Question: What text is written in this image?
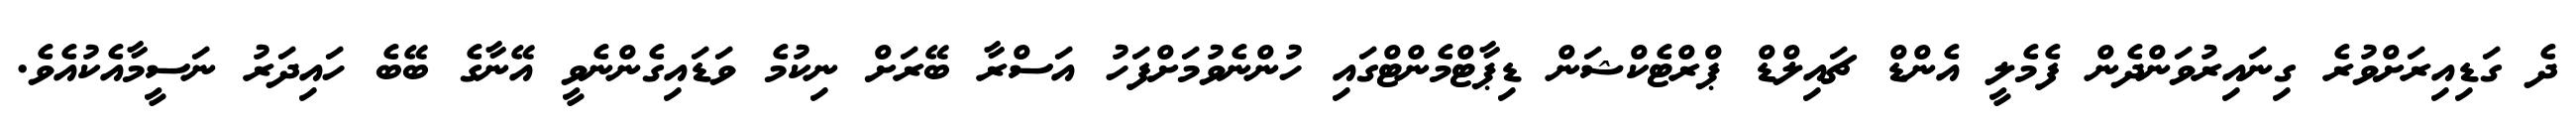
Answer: ދެ ގަޑިއިރަށްވުރެ ގިނައިރުވަންދެން ފެމެލީ އެންޑް ޗައިލްޑް ޕްރްޓެކްޝަން ޑިޕާޓްމެންޓްގައި ހުންނެވުމަށްފަހު އަސްރާ ބޭރަށް ނިކުމެ ވަޑައިގެންނެވީ އޭނާގެ ބޭބެ ހައިދަރު ނަސީމާއެކުއެވެ.